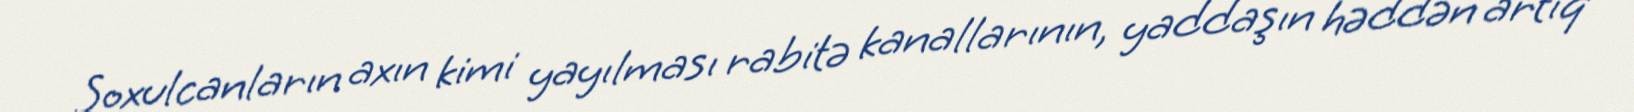
Soxulcanların axın kimi yayılması rabitə kanallarının, yaddaşın həddən artıq